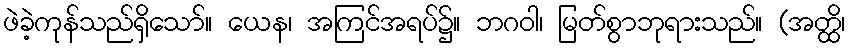
ဖဲခဲ့ကုန်သည်ရှိသော်။ ယေန၊ အကြင်အရပ်၌။ ဘဂဝါ၊ မြတ်စွာဘုရားသည်။ (အတ္ထိ၊